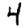
Digit: 4